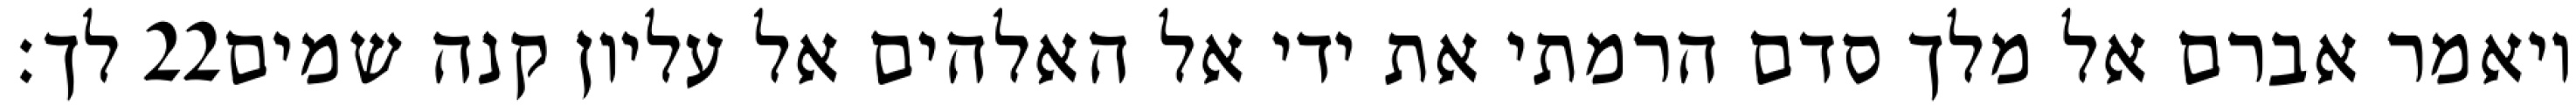
לך׃ ‎22‏ ויאמר אברם אל מלך סדם הרמתי את ידי אל האלהים אל עליון קנה שמים